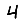
Digit: 4